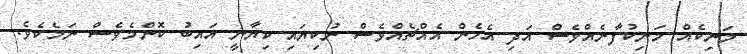
މަނިކެއް މަނިކުފާނެއްވެސް އަދި އެހެން އެއްޗެއްވެސް ނުކިޔައި ކިޔާނީ އައިބު ކޮންމެވެސް ނަމެކެވެ.